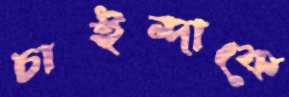
চাইন্দাকে